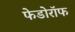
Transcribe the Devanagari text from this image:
फेडोरॉफ